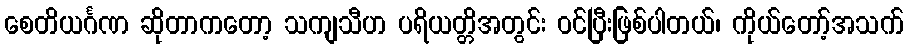
စေတိယင်္ဂဏ ဆိုတာကတော့ သကျသီဟ ပရိယတ္တိအတွင်း ဝင်ပြီးဖြစ်ပါတယ်၊ ကိုယ်တော့်အသက်